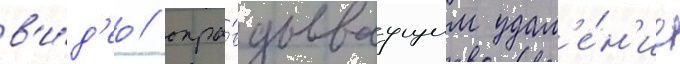
в'и́д'ео / опра́вдываущим удал'е́н'ие